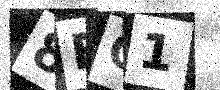
Text: 8EC1